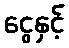
ငွေနှင့်